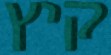
קיץ